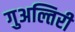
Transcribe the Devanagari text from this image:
गुअल्तिरी